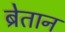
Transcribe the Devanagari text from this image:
ब्रेतान